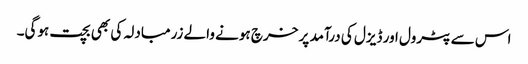
اس سے پٹرول اور ڈیزل کی درآمد پر خرچ ہونے والے زرمبادلہ کی بھی بچت ہوگی۔